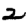
Digit: 2